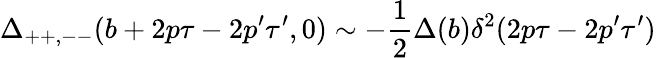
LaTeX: \Delta_{++,--}(b+2p\tau-2p^{\prime}\tau^{\prime},0)\sim-\frac{1}{2}\Delta(b)\delta^{2}(2p\tau-2p^{\prime}\tau^{\prime})